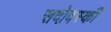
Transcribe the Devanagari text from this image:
सदोवस्की